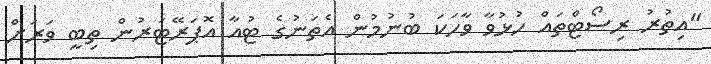
"އިތުރު ރިސޯޓްތައް ހުޅުވާ ވާހަކަ ބުނުމުން އެތަނުގެ ޓުއާ އޮޕަރޭޓަރުން ތިބީ ވަރަށް